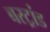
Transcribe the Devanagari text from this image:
बरट्रांड